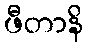
ဖီတာနိ